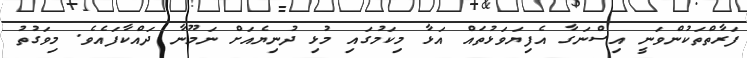
ފަރާތްތަކުންވަނީ އިސްނަގާ އެފިޔަވަޅުތައް އަޅާ މިކަމުގައި މުޅި ދުނިޔެއަށް ނަމޫނާ ދައްކާފައެވެ. މިވަގުތު